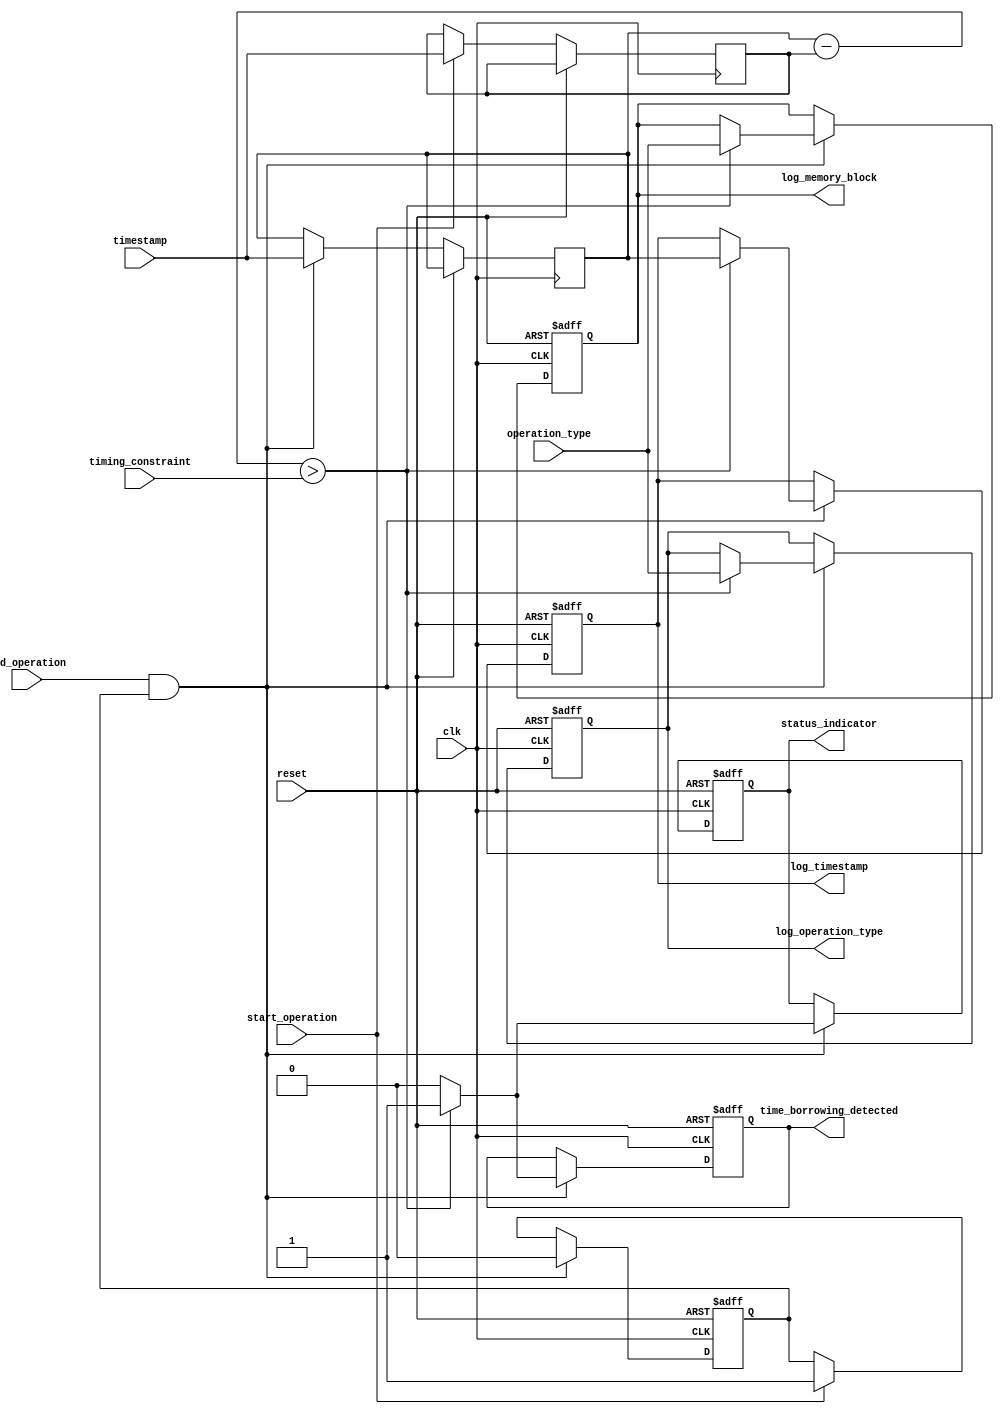
module MemoryBlocksTimeBorrowingDetector (
    input wire clk,                  // System clock
    input wire reset,                // Reset signal
    input wire start_operation,      // Signal to indicate start of memory operation
    input wire end_operation,        // Signal to indicate end of memory operation
    input wire [31:0] operation_type,// Type of operation (e.g., read/write)
    input wire [31:0] timestamp,     // Current timestamp for the operation
    input wire [31:0] timing_constraint, // Predefined timing constraint for the operation
    output reg time_borrowing_detected, // Flag for time borrowing detection
    output reg [31:0] log_memory_block, // Log of memory block involved
    output reg [31:0] log_operation_type, // Log of operation type
    output reg [31:0] log_timestamp, // Log of violation timestamp
    output reg status_indicator       // Status indicator for time borrowing
);

// Internal signals
reg [31:0] start_time;
reg [31:0] end_time;
reg operation_active;

// State machine for operation monitoring
always @(posedge clk or posedge reset) begin
    if (reset) begin
        time_borrowing_detected <= 0;
        operation_active <= 0;
        log_memory_block <= 0;
        log_operation_type <= 0;
        log_timestamp <= 0;
        status_indicator <= 0;
    end else begin
        if (start_operation) begin
            // Record start time and mark operation as active
            start_time <= timestamp;
            operation_active <= 1;
        end
        
        if (end_operation && operation_active) begin
            // Record end time and mark operation as inactive
            end_time <= timestamp;
            operation_active <= 0;

            // Check for time borrowing
            if ((end_time - start_time) > timing_constraint) begin
                time_borrowing_detected <= 1;
                log_memory_block <= operation_type; // Assuming operation_type indicates memory block
                log_operation_type <= operation_type;
                log_timestamp <= end_time;
                status_indicator <= 1; // Indicate violation
            end else begin
                time_borrowing_detected <= 0;
                status_indicator <= 0; // Clear status if within limits
            end
        end
    end
end

endmodule